Document type: Recognition
Year: 1250
Scribe: Pere Marquès
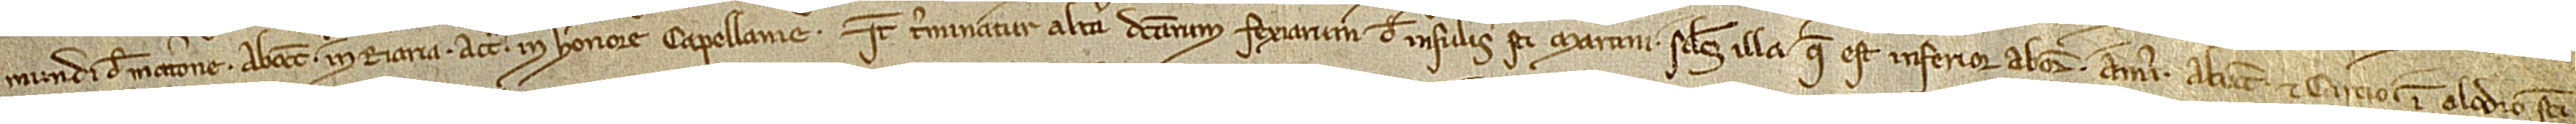
mundi de Matarone; ab occidente in riaria; a circio in honore capellanie. Item, terminatur altera dictarum fexiarum de Insulis Sancti Martini, scilicet, illa que est inferior, ab oriente et meridie, ab occidente et circio, in alodio Sancti